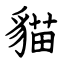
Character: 貓